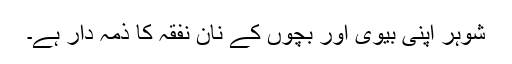
شوہر اپنی بیوی اور بچوں کے نان نفقہ کا ذمہ دار ہے۔